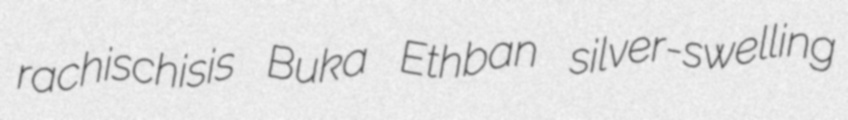
rachischisis Buka Ethban silver-swelling